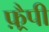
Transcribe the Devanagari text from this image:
फ़्रैपी